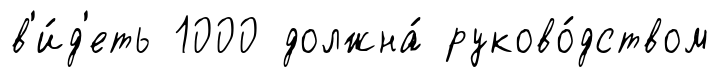
в'и́д'еть 1000 должна́ руково́дством